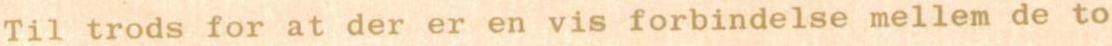
Til trods for at der er en vis forbindelse mellem de to